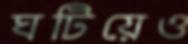
ঘটিয়েও